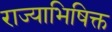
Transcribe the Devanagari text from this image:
राज्याभिषिक्त